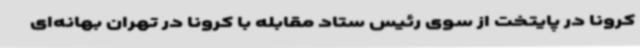
کرونا در پایتخت از سوی رئیس ستاد مقابله با کرونا در تهران بهانه‌ای